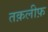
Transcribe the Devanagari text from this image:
तक़लीफ़